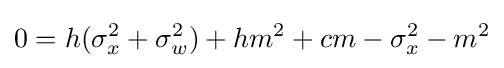
0=h(\sigma _{x}^{2}+\sigma _{w}^{2})+hm^{2}+cm-\sigma _{x}^{2}-m^{2}